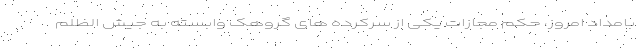
بامداد امروز، حکم مجازات یکی از سرکرده های گروهک وابسته به جیش الظلم